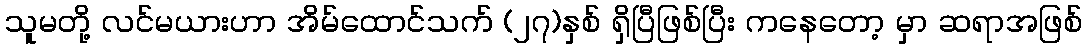
သူမတို့ လင်မယားဟာ အိမ်ထောင်သက် (၂၇)နှစ် ရှိပြီဖြစ်ပြီး ကနေတော့ မှာ ဆရာအဖြစ်